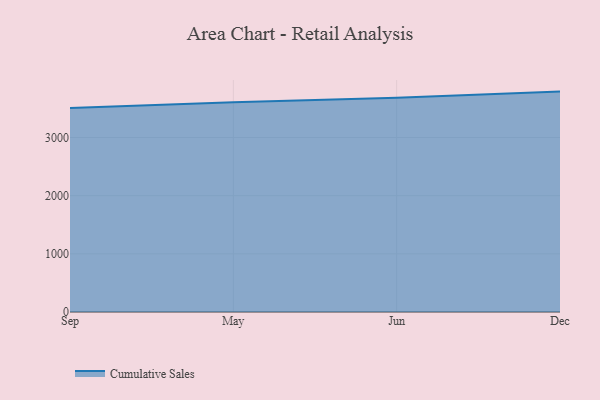
{"axis": {"x": "Month", "y": "Customer Acquisition Cost (USD)"}, "legend": ["Cumulative Sales"], "data": [{"x": "Sep", "y": 3509.4, "type": "Cumulative Sales"}, {"x": "May", "y": 3608.0, "type": "Cumulative Sales"}, {"x": "Jun", "y": 3684.5, "type": "Cumulative Sales"}, {"x": "Dec", "y": 3789.7, "type": "Cumulative Sales"}]}